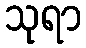
သုရာ